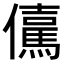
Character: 𭀇